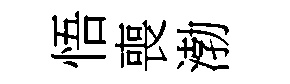
悟喪渤